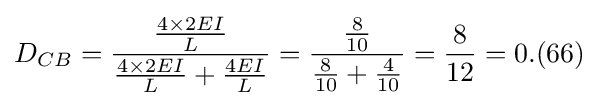
D_{CB}={\frac {\frac {4\times 2EI}{L}}{{\frac {4\times 2EI}{L}}+{\frac {4EI}{L}}}}={\frac {\frac {8}{10}}{{\frac {8}{10}}+{\frac {4}{10}}}}={\frac {8}{12}}=0.(66)